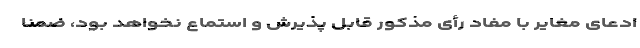
ادعای مغایر با مفاد رأی مذکور قابل پذیرش و استماع نخواهد بود، ضمنا